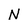
Character: N